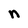
Character: n